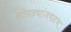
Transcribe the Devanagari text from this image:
झोपड्यांजवळच